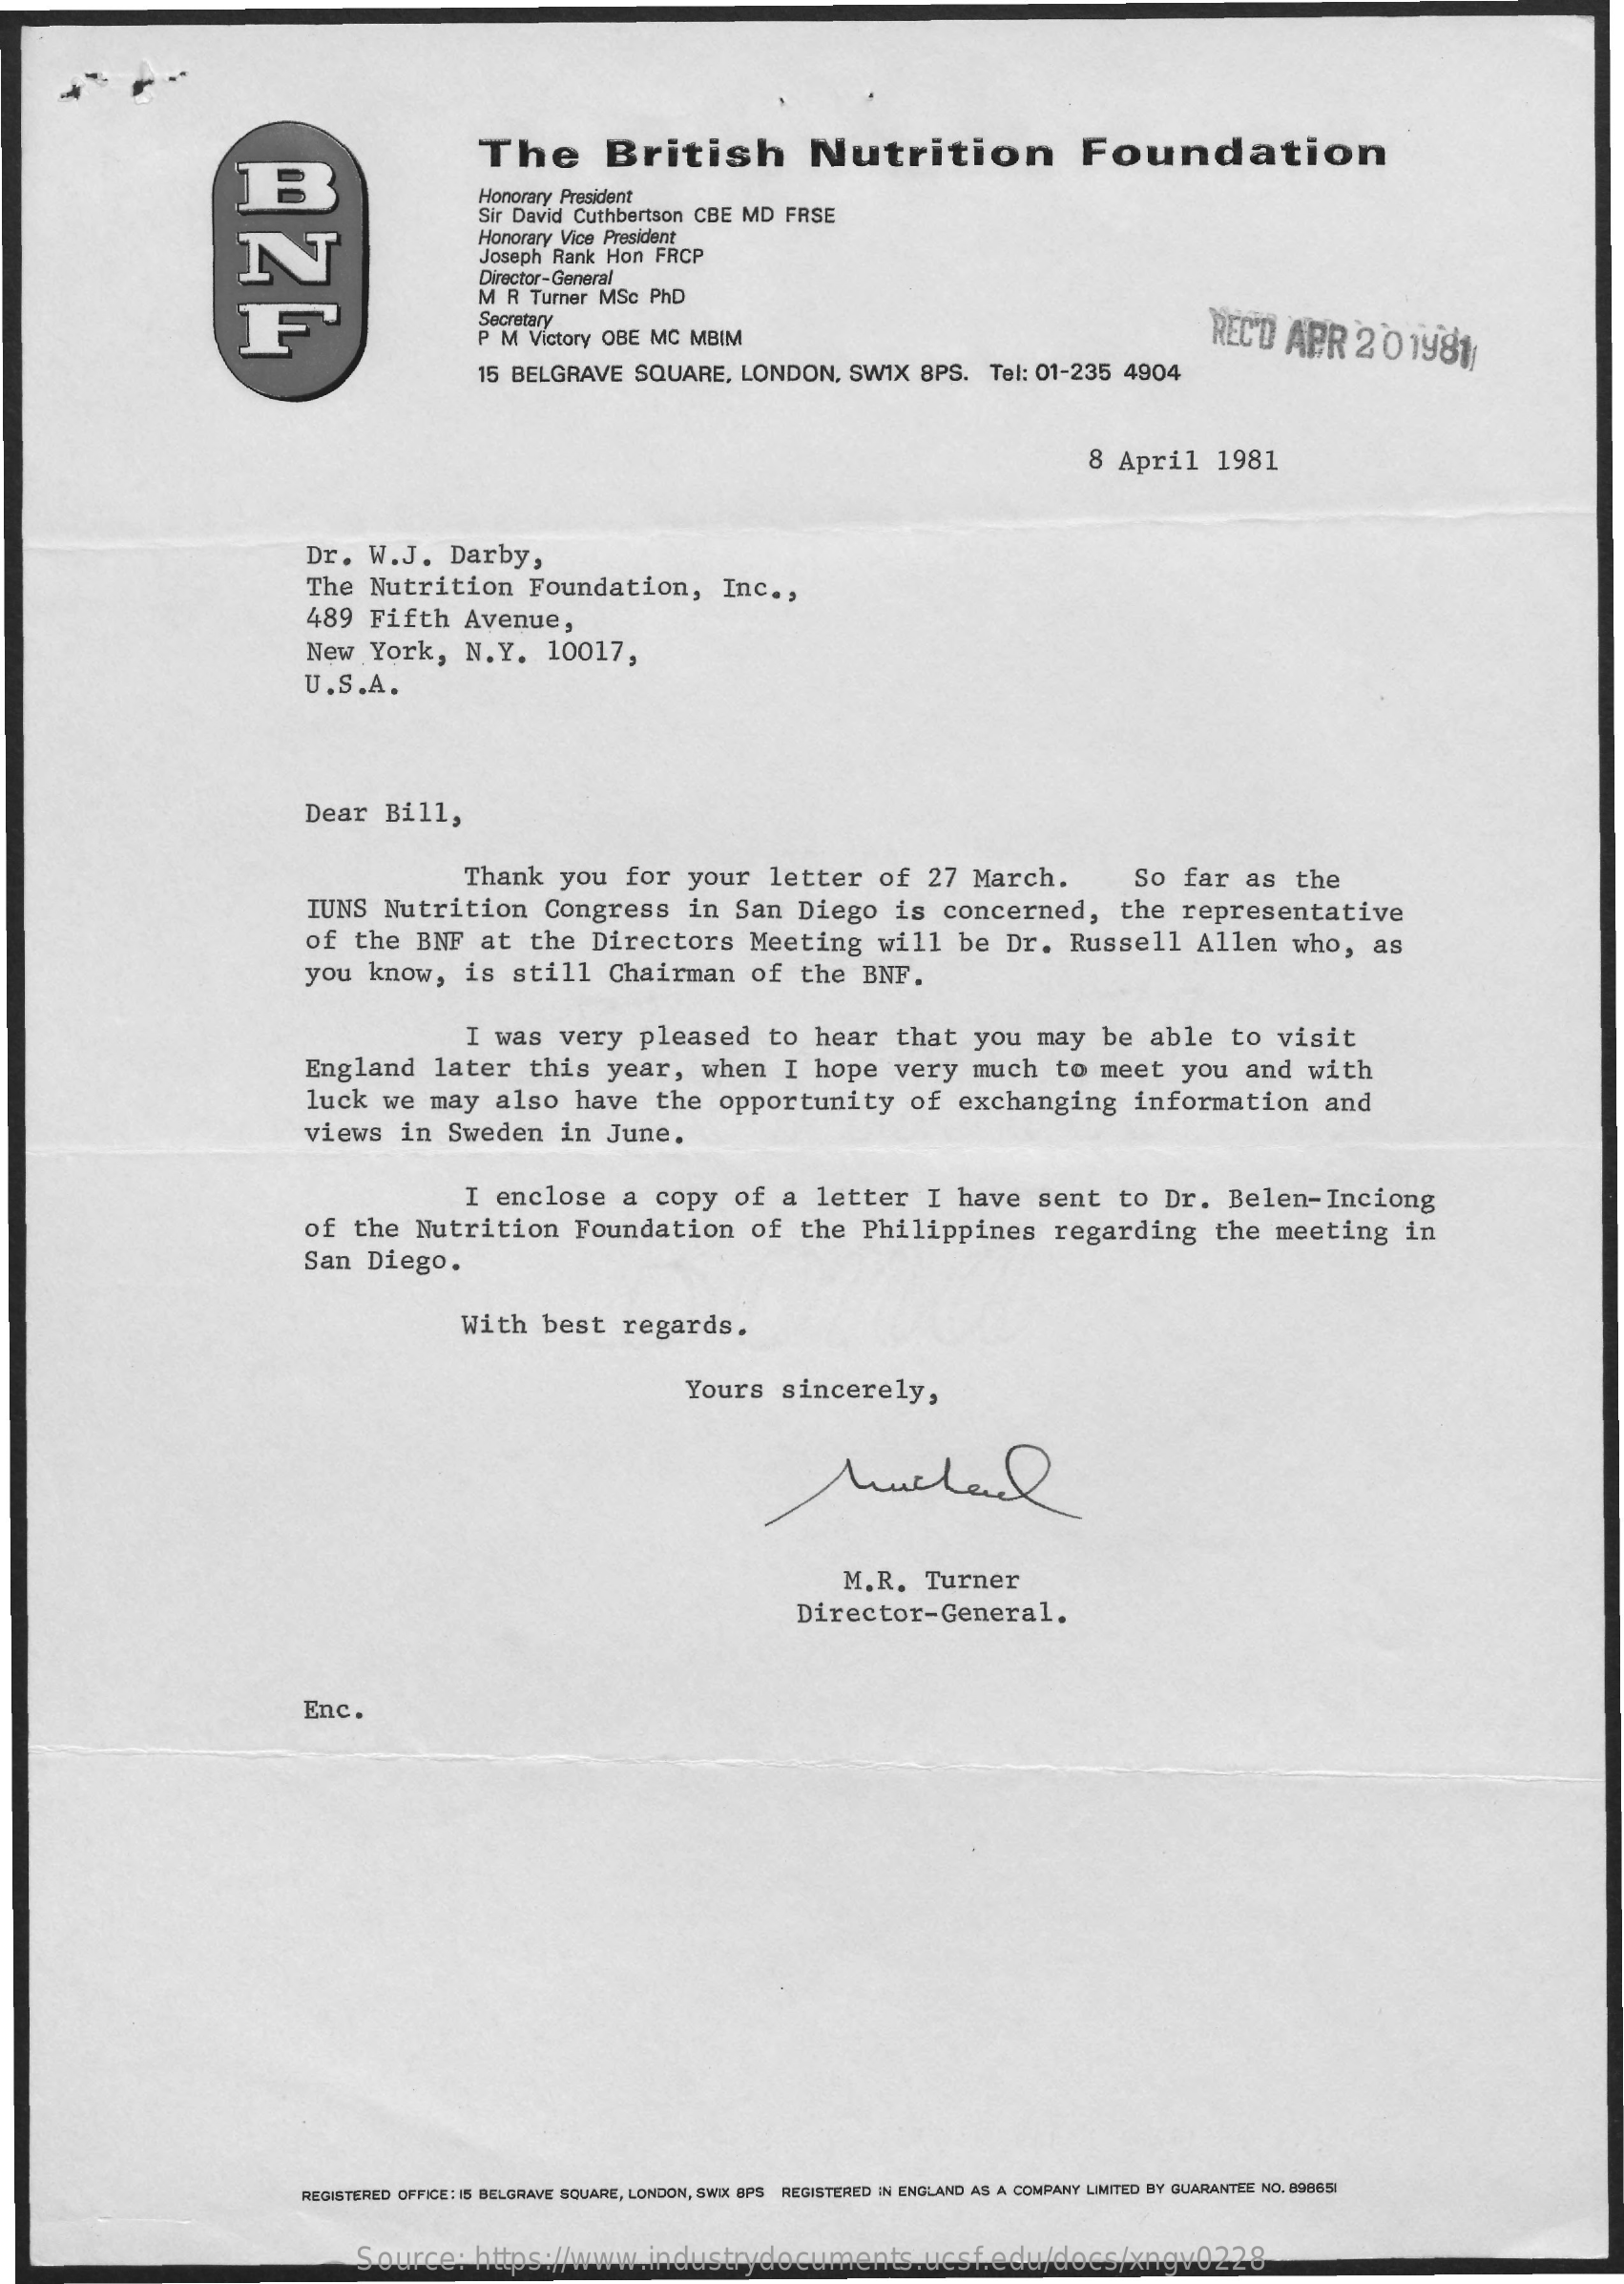
B
     The    British    Nutrition    Foundation
     Honorary President
     N
     Sir David Cuthbertson CBE MD  FRSE
     Honorary Vice President
     Joseph Rank Hon  FRCP
     Director-General
     F
     M R  Turner MSc  PhD
     Secretary
     P M  Victory OBE MC  MBIM    REC'D  APR    2 0  1981/
     15 BELGRAVE    SQUARE,    LONDON,    SWIX   8PS.   Tel: 01-235  4904
     8 April    1981
     Dr.   W.J.    Darby,
     The   Nutrition    Foundation,    Inc  .,
     489   Fifth    Avenue,
     New   York,    N.Y.    10017,
     U.S.A.
     Dear   Bill,
     Thank    you   for   your    letter    of   27   March.    So   far   as   the
     IUNS   Nutrition    Congress    in  San   Diego    is   concerned,    the   representative
     of  the   BNF    at   the   Directors    Meeting    will    be   Dr.   Russell    Allen    who,    as
     you   know,    is   still    Chairman    of   the   BNF.
     I  was    very    pleased    to   hear    that    you   may    be   able    to  visit
     England    later    this    year,    when    I  hope    very    much    to   meet    you   and   with
     luck   we  may    also    have    the    opportunity    of  exchanging    information    and
     views    in   Sweden    in  June.
     I enclose    a  copy    of   a  letter    I  have    sent    to   Dr.   Belen-Inciong
     of  the   Nutrition    Foundation    of   the   Philippines    regarding    the   meeting    in
     San   Diego.
     With    best    regards.
     Yours    sincerely,
     M.R.    Turner
     Director-General.
     Enc.
     REGISTERED OFFICE: 15 BELGRAVE SQUARE, LONDON, SWIX BPS REGISTERED IN ENGLAND AS A COMPANY LIMITED BY GUARANTEE NO. 896651
     Source:    https://www.industrydocuments.ucsf.edu/docs/xngv0228